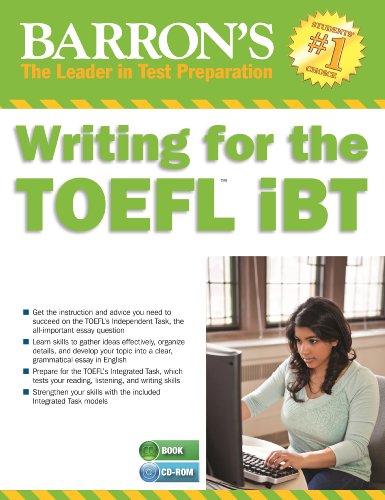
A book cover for Writing for the TOEFL iBT with MP3 CD, 5th Edition (Barron's Writing for the Toefl); Dr. Lin Lougheed; Test Preparation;